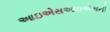
આઇએસઆઇએસની